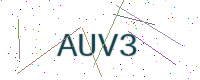
Text: AUV3